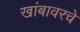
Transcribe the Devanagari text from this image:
खांबावरचे